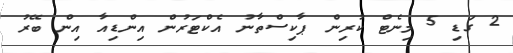
2 ގަޑި 5 މިނެޓް ކުރިން ޕާކިސްތާނު އެކްޓަރުން އިންޑިއާ އިން ބޭރު